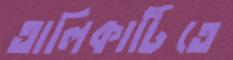
তালিকাটিতে